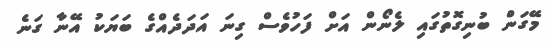
މޭގަން ބުނިގޮތުގައި ލެނޯން އަށް ފަހުވެސް ގިނަ އަދަދެއްގެ ބަޔަކު އޭނާ ގަނެ